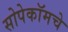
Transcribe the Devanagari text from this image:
सोपेकॉमचे